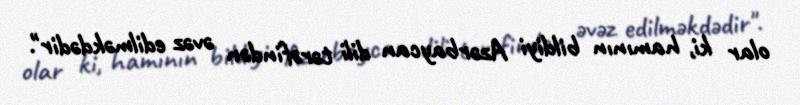
olar ki, hamının bildiyi Azərbaycan dili tərəfindən əvəz edilməkdədir".